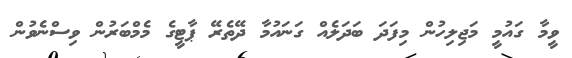
ވީމާ ގައުމީ މަޖިލިހުން މިފަދަ ބަދަލެއް ގަނައުމާ ދޭތެރޭ ޕާޓީގެ މެމްބަރުން ވިސްނެވުން